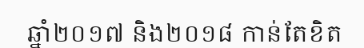
ឆ្នាំ២០១៧ និង២០១៨ កាន់តែខិត